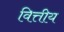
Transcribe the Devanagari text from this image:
वित्तीय